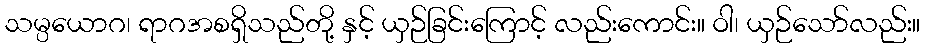
သမ္ပယောဂ၊ ရာဂအစရှိသည်တို့ နှင့် ယှဉ်ခြင်းကြောင့် လည်းကောင်း။ ဝါ၊ ယှဉ်သော်လည်း။